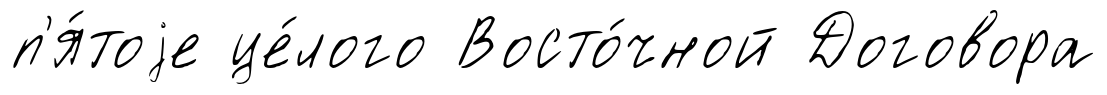
п'я́тоjе це́лого Восто́чной Договора